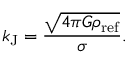
k _ { \mathrm { J } } = \frac { \sqrt { 4 \pi G \rho _ { \mathrm { r e f } } } } { \sigma } .